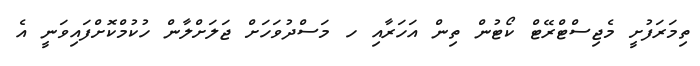
ތިމަރަފުށީ މެޖިސްޓްރޭޓް ކޯޓުން ތިން އަހަރާއި ހ މަސްދުވަހަށް ޖަލަށްލާން ހުކުމްކޮށްފައިވަނީ އެ